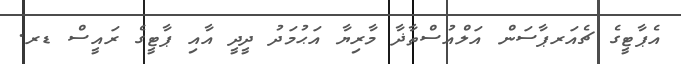
އެޕާޓީގެ ޗެއަރޕާސަން އަލްއުސްތާޛާ މާރިޔާ އަޙުމަދު ދީދީ އާއި ޕާޓީގެ ރައީސް ޑރ.